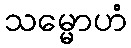
သမ္မောဟံ